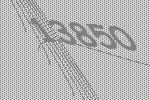
13850